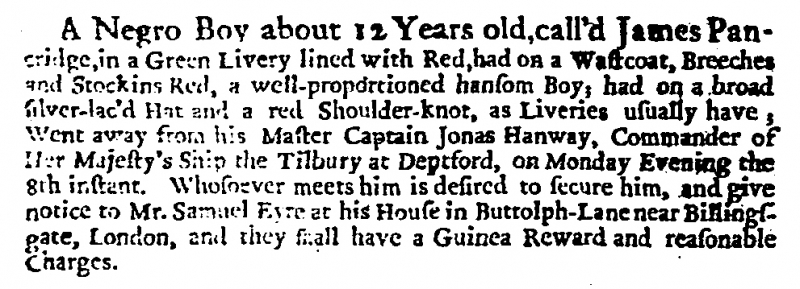
Daily Courant, 12 January 1705 (England)
A Negro Boy about 12 Years old, call’d James Pancridge, in a Green Livery lined with Red, had on a Wastcoat, Breeches and Stockins Red, a well-proportioned hansom Boy; had on a broad silver-lac’d Hat and a red Shoulder-knot, as Liveries usually have; Went away from his Master Captain Jonas Hanway, Commander of Her Majesty’s Ship the Tilbury at Deptford, on Monday Evening the 8th instant. Whosoever meets him is desired to secure him, and give notice to Mr. Samael Eyre at his House in Buttolph-Lane near Billingsgate, London, and they shall have a Guinea Reward and reasonable Charges.